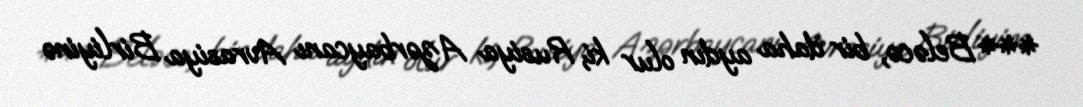
*** Beləcə, bir daha aydın olur ki, Rusiya Azərbaycanı Avrasiya Birliyinə